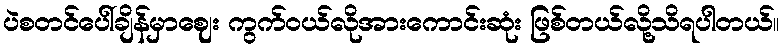
ပဲစတင်ပေါ်ချိန်မှာဈေး ကွက်ဝယ်လိုအားကောင်းဆုံး ဖြစ်တယ်လို့သိရပါတယ်။